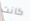
كانت